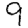
Digit: 9